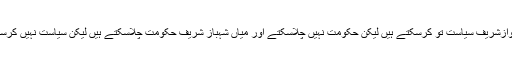
میاں نوازشریف سیاست تو کرسکتے ہیں لیکن حکومت نہیں چلاسکتے اور میاں شہباز شریف حکومت چلاسکتے ہیں لیکن سیاست نہیں کرسکتے ۔